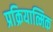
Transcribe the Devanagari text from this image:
प्रक्रियात्मिक